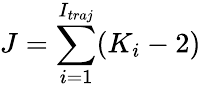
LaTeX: J=\sum_{i=1}^{I_{traj}}(K_{i}-2)